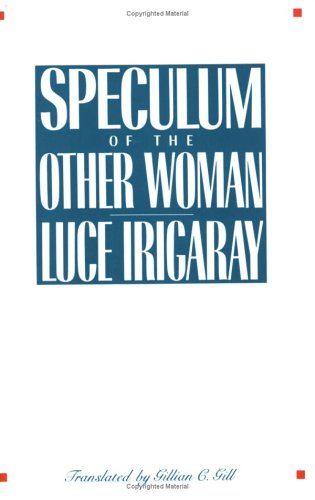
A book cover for Speculum of the Other Woman; Luce Irigaray; Gay & Lesbian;